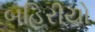
બહિરીયો